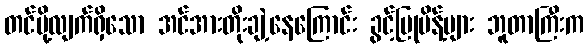
တင်ပို့လျက်ရှိသော အင်အားတိုးချဲ့နေကြောင်း ခွင့်ပြုမိန့်များ ဘူတာကြီးက